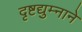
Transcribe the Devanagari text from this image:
दृष्टद्युम्नाने